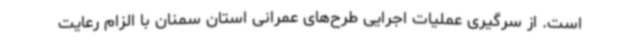
است. از سرگیری عملیات اجرایی طرح‌های عمرانی استان سمنان با الزام رعایت